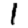
Digit: 1